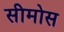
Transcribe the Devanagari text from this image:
सीमोस